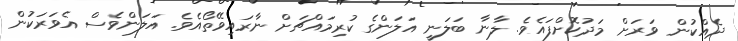
ދެއްކުން ވަރަށް މަދުކޮށްފައެވެ. ލާނާ ބަލަނީ އަލަންގެ ކުރިމައްޗަށް ނާރައިވޭތޯއެވެ. އަލަންވެސް އެވަރަކުން